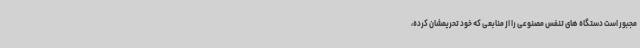
مجبور است دستگاه های تنفس مصنوعی را از منابعی که خود تحریمشان کرده،